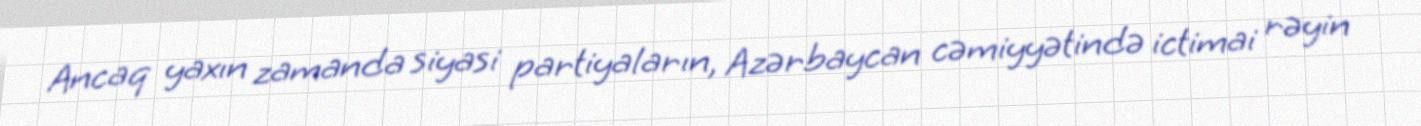
Ancaq yaxın zamanda siyasi partiyaların, Azərbaycan cəmiyyətində ictimai rəyin